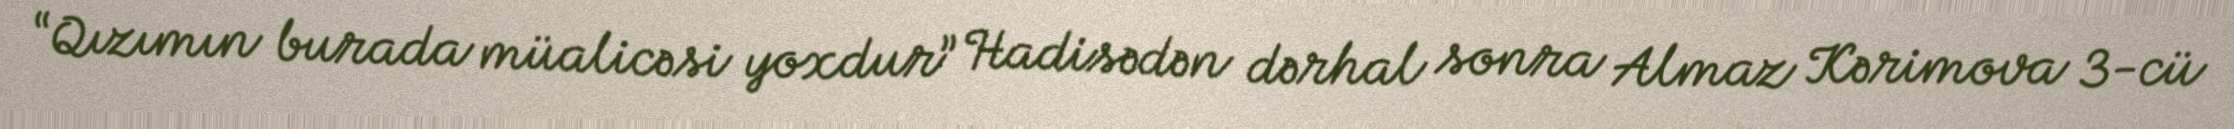
“Qızımın burada müalicəsi yoxdur” Hadisədən dərhal sonra Almaz Kərimova 3-cü